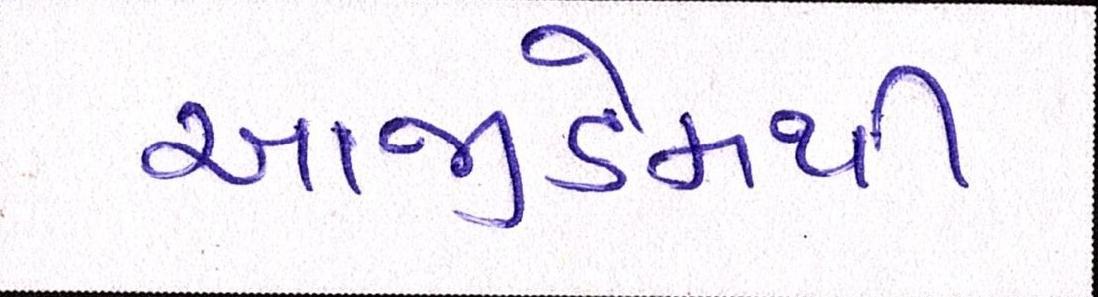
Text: આજીડેમથી